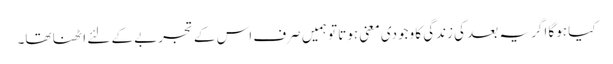
کیا ہوگا اگر یہ بعد کی زندگی کا وجودی معنی ہوتا تو ہمیں صرف اس کے تجربے کے لئے اٹھنا تھا۔